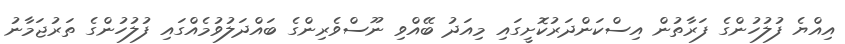
އިއްޔެ ފުލުހުންގެ ފަރާތުން އިސްކަންދަރުކޮށީގައި މިއަދު ބޭއްވި ނޫސްވެރިންގެ ބައްދަލުވުމެއްގައި ފުލުހުންގެ ތަރުޖަމާނު